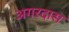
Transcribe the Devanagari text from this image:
अगरदास